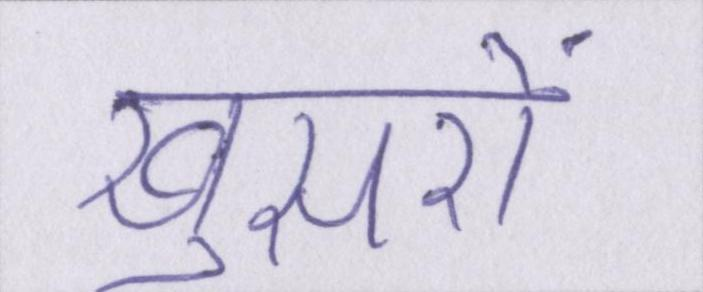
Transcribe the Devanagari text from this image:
खुसरों